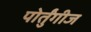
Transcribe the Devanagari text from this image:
पोर्तुंगीज